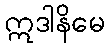
ဣဒါနိမေ